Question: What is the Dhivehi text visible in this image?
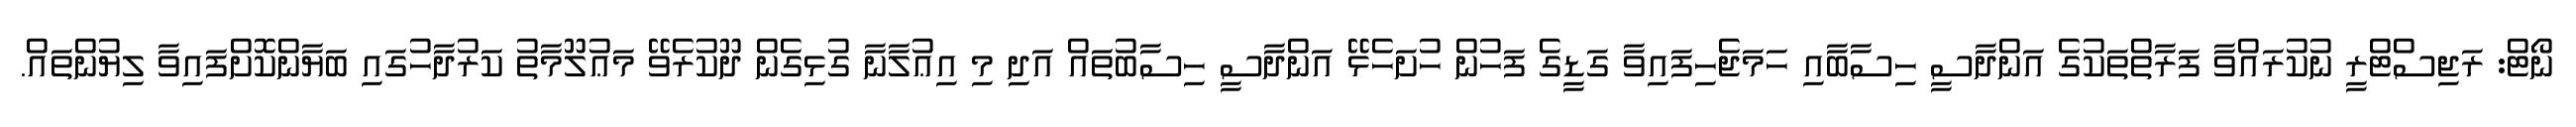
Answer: ނޯޓް: ރަޖިސްޓްރީ ނުކުރައްވާ ފަރާތްތަކުގެ އަންދާސީ ހިސާބާއި ހަމަޖެހިފައިވާ ގަޑީގެ ފަހުން ހުށަހެޅޭ އަންދާސީ ހިސާބުތައް އަދި މި އިޢުލާނާ ގުޅިގެން ދޫކުރެވޭ މަޢުލޫމާތު ކަރުދާހުގައި ބަޔާންކޮށްފައިވާ ލިޔުންތައް.